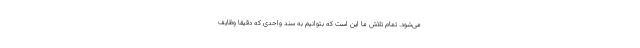
می‌شود. تمام تلاش ما این است که بتوانیم به سند واحدی که دقیقا وظایف